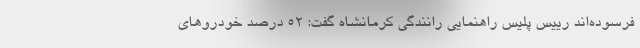
فرسوده‌اند رییس پلیس راهنمایی رانندگی کرمانشاه گفت: ۵۲ درصد خودروهای